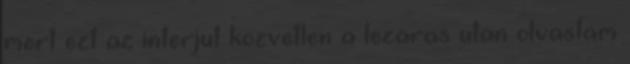
mert ezt az interjut kozvetlen a lezaras utan olvastam